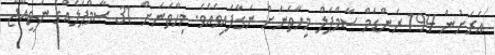
އެރަށުން 194 ރެންޑަމް ސާމްޕަލް މިހާތަނަށް ނަގާފައިވެއެވެ. މިހާތަނަށް 31 ސާމްޕަލެއްގެ ނަތީއްޖާ